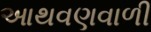
આથવણવાળી